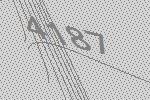
4187